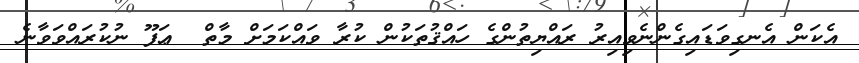
އެކަން އެނގިވަޑައިގެންނެވިއިރު ރައްޔިތުންގެ ހައްޤުތަކުން ކުރާ ވައްކަމަށް މާތް  ޢަފޫ ނުކުރައްވަވާނެ